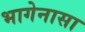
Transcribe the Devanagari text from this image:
भागेनासा